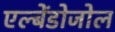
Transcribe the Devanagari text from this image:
एल्बेंडोजोल